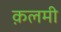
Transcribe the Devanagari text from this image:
क़लमी